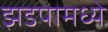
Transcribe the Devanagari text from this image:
झडपामध्ये